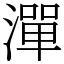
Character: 潬